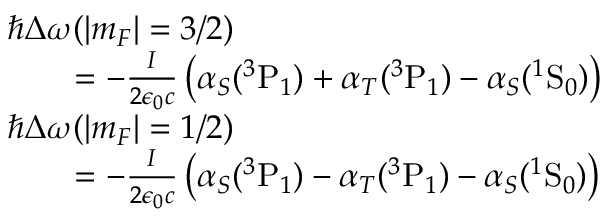
\begin{array} { r l } & { \hbar \Delta \omega ( | m _ { F } | = 3 / 2 ) } \\ & { \quad \quad = - \frac { I } { 2 \epsilon _ { 0 } c } \left( \alpha _ { S } ( ^ { 3 } \mathrm { P } _ { 1 } ) + \alpha _ { T } ( ^ { 3 } \mathrm { P } _ { 1 } ) - \alpha _ { S } ( ^ { 1 } \mathrm { S } _ { 0 } ) \right) } \\ & { \hbar \Delta \omega ( | m _ { F } | = 1 / 2 ) } \\ & { \quad \quad = - \frac { I } { 2 \epsilon _ { 0 } c } \left( \alpha _ { S } ( ^ { 3 } \mathrm { P } _ { 1 } ) - \alpha _ { T } ( ^ { 3 } \mathrm { P } _ { 1 } ) - \alpha _ { S } ( ^ { 1 } \mathrm { S } _ { 0 } ) \right) } \end{array}